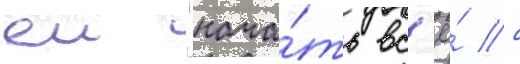
еи "нача́ть вс'ё́ с